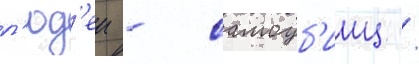
л'юд'еи - самоуб'ииц /